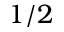
1 / 2